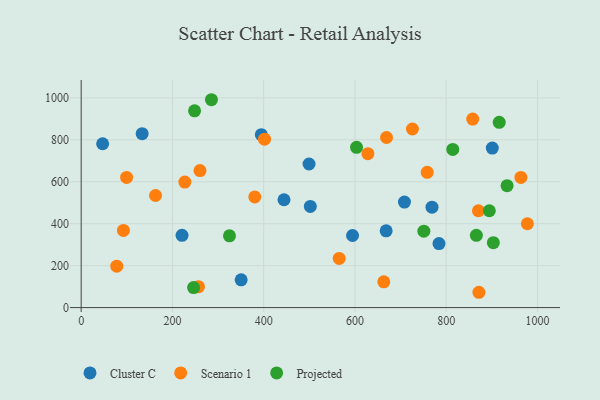
{"axis": {"x": "Ad Spend", "y": "Fuel Efficiency"}, "legend": ["Cluster C", "Projected", "Scenario 1"], "data": [{"x": "133.6", "y": 829.1, "type": "Cluster C"}, {"x": "784.2", "y": 305.3, "type": "Cluster C"}, {"x": "668.4", "y": 365.8, "type": "Cluster C"}, {"x": "901.0", "y": 760.3, "type": "Cluster C"}, {"x": "499.4", "y": 684.5, "type": "Cluster C"}, {"x": "594.7", "y": 343.6, "type": "Cluster C"}, {"x": "221.0", "y": 344.7, "type": "Cluster C"}, {"x": "768.9", "y": 478.5, "type": "Cluster C"}, {"x": "502.2", "y": 482.4, "type": "Cluster C"}, {"x": "394.8", "y": 824.6, "type": "Cluster C"}, {"x": "47.0", "y": 781.1, "type": "Cluster C"}, {"x": "708.5", "y": 502.8, "type": "Cluster C"}, {"x": "350.6", "y": 132.4, "type": "Cluster C"}, {"x": "444.5", "y": 514.1, "type": "Cluster C"}, {"x": "401.8", "y": 802.8, "type": "Scenario 1"}, {"x": "78.0", "y": 197.5, "type": "Scenario 1"}, {"x": "227.2", "y": 598.3, "type": "Scenario 1"}, {"x": "260.4", "y": 653.1, "type": "Scenario 1"}, {"x": "99.5", "y": 620.6, "type": "Scenario 1"}, {"x": "963.7", "y": 620.4, "type": "Scenario 1"}, {"x": "663.2", "y": 122.9, "type": "Scenario 1"}, {"x": "628.4", "y": 733.6, "type": "Scenario 1"}, {"x": "726.0", "y": 851.4, "type": "Scenario 1"}, {"x": "380.5", "y": 527.6, "type": "Scenario 1"}, {"x": "870.6", "y": 461.6, "type": "Scenario 1"}, {"x": "92.6", "y": 367.7, "type": "Scenario 1"}, {"x": "565.5", "y": 234.2, "type": "Scenario 1"}, {"x": "758.4", "y": 645.1, "type": "Scenario 1"}, {"x": "858.1", "y": 898.9, "type": "Scenario 1"}, {"x": "257.1", "y": 99.8, "type": "Scenario 1"}, {"x": "871.7", "y": 73.0, "type": "Scenario 1"}, {"x": "669.2", "y": 811.0, "type": "Scenario 1"}, {"x": "162.9", "y": 534.5, "type": "Scenario 1"}, {"x": "977.9", "y": 399.7, "type": "Scenario 1"}, {"x": "916.2", "y": 883.3, "type": "Projected"}, {"x": "325.0", "y": 342.2, "type": "Projected"}, {"x": "248.5", "y": 938.2, "type": "Projected"}, {"x": "246.4", "y": 95.5, "type": "Projected"}, {"x": "285.5", "y": 991.0, "type": "Projected"}, {"x": "866.1", "y": 344.4, "type": "Projected"}, {"x": "751.0", "y": 364.4, "type": "Projected"}, {"x": "814.4", "y": 753.9, "type": "Projected"}, {"x": "903.3", "y": 309.4, "type": "Projected"}, {"x": "933.4", "y": 581.4, "type": "Projected"}, {"x": "603.5", "y": 764.1, "type": "Projected"}, {"x": "894.5", "y": 461.7, "type": "Projected"}]}